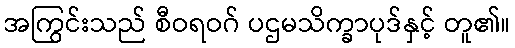
အကြွင်းသည် စီဝရဝဂ် ပဌမသိက္ခာပုဒ်နှင့် တူ၏။